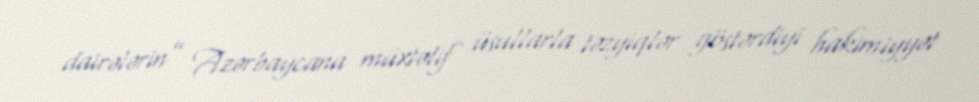
dairələrin” Azərbaycana müxtəlif üsullarla təzyiqlər göstərdiyi hakimiyyət